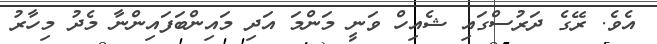
އެވެ. ރޭގެ ދަރުސްގައި ޝެއިހް ވަނީ މަންމަ އަދި މައިންބަފައިންނާ މެދު މިހާރު